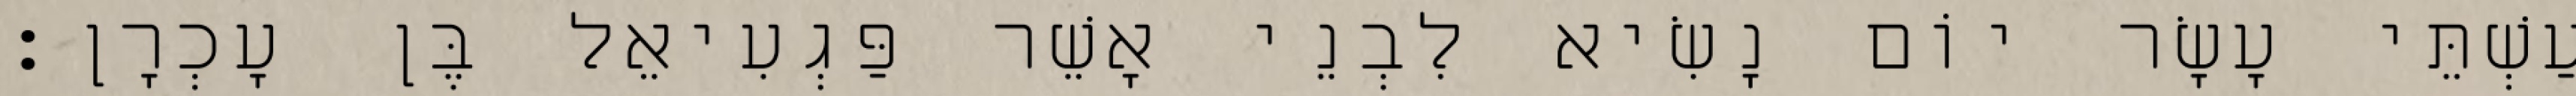
עַשְׁתֵּי עָשָׂר יוֹם נָשִׂיא לִבְנֵי אָשֵׁר פַּגְעִיאֵל בֶּן עָכְרָן׃